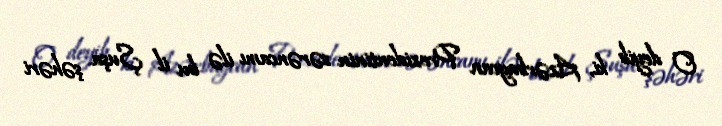
O deyib ki, Azərbaycan Prezidentinin sərəncamı ilə bu il Şuşa şəhəri